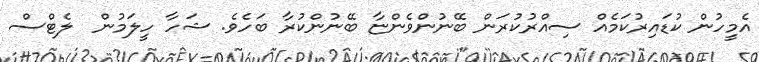
އެމީހުން ކުޑައިރުކަމެއް ސިއްރުކުރަން ބޭނުންވެންޏާ ބޭނުންކުރާ ބަހެވެ. ޝަހާ ހީލަމުން  ލެޓްސް